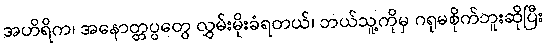
အဟိရိက၊ အနောတ္တပ္ပတွေ လွှမ်းမိုးခံရတယ်၊ ဘယ်သူ့ကိုမှ ဂရုမစိုက်ဘူးဆိုပြီး